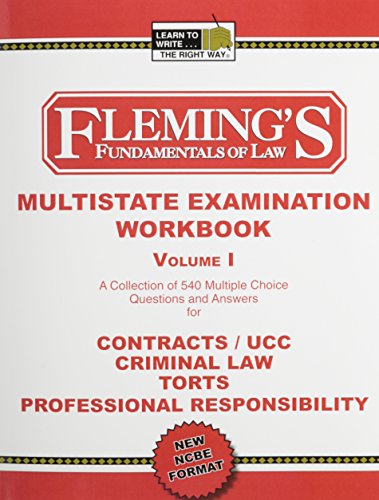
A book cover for Multistate Bar Exam Volume 1 (Contracts/UCC, Criminal Law and Procedure, Torts and Professional Responsibility); Jeff A. Fleming; Test Preparation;